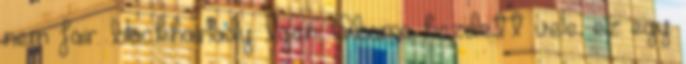
nem fair. blackhairlady: Igen, Obama kezdett vele, ez egy